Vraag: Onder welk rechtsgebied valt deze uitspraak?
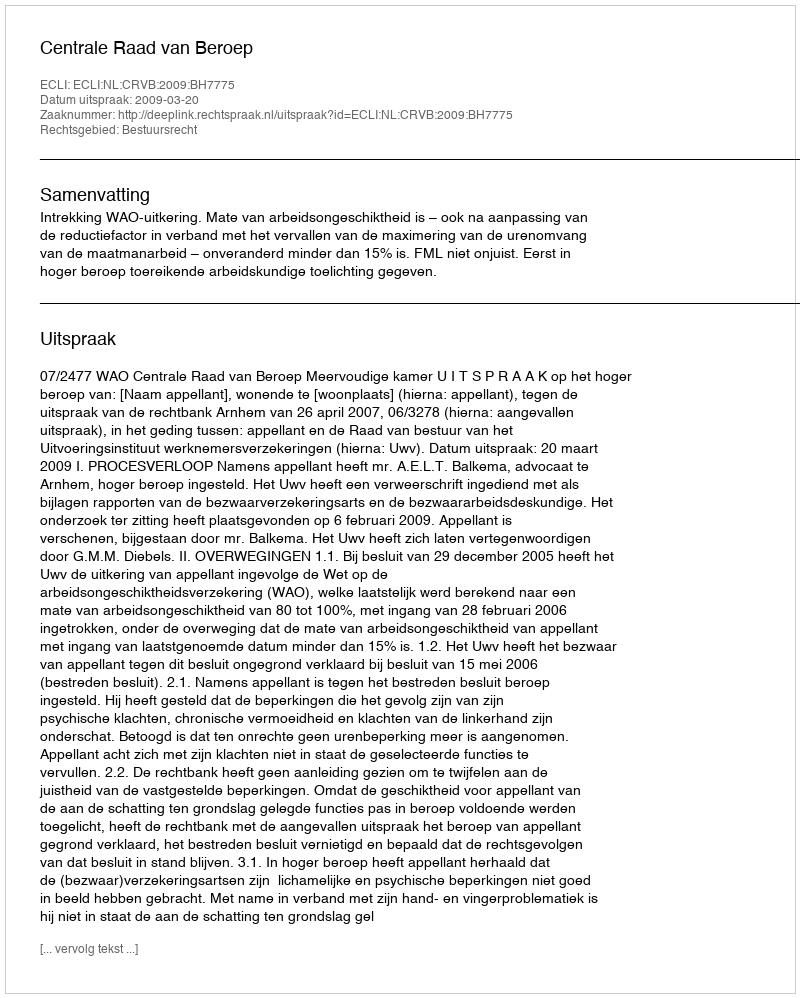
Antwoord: Bestuursrecht